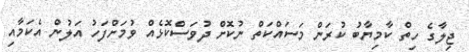
ޖިލާގެ ހިތް ކާމިޔާބު ކުރަން މަސައްކަތް ނުކޮށް ދުވަސްކޮޅެއް ވުމަށްފަހު އަލުން އެކަމާއި